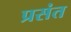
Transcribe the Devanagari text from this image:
प्रसंत